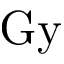
\mathrm { G y }